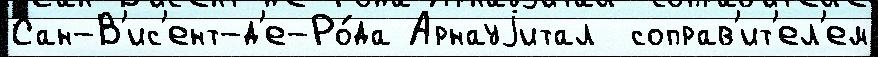
Сан-В'ис'ент-д'е-Ро́да Арнауjитал  соправ'ит'ел'ем